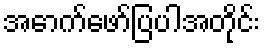
အောက်ဖော်ပြပါအတိုင်း